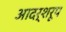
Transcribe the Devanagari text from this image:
आदर्शरूप